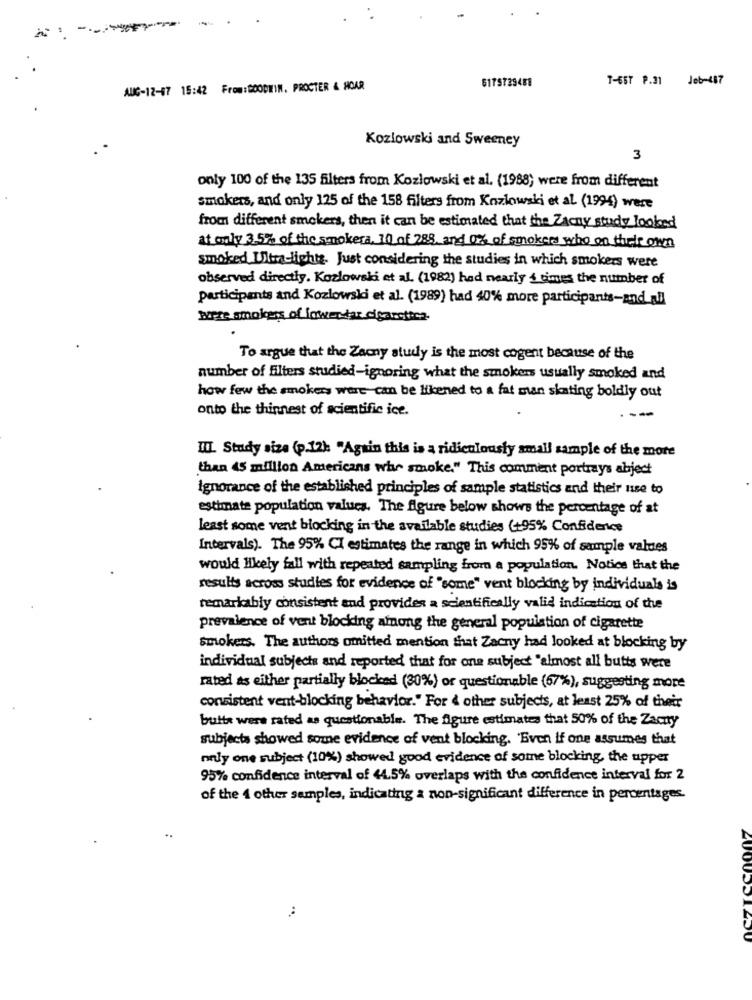
-----
6175729488
T-657 P.31 Jeb-487
AUC-12-17 15:42 From:BOODIIM. PROCTER & HOAR
Kozlowski and Sweeney
3
only 100 of the 135 filters from Kozlowski et al. (1988) were from different
smokers, and only 125 of the 158 filters from Kozlowski et al (1994) were
from different smokers, then it can be estimated that the Zacny study looked
at only 3.5% of the smokera. 10 of 288, and 0% of smokers who on their own
smoked Ultra-lights. Just considering the studies in which smokers were
observed directly. Kozlowski et al. (1982) had nearly 4 times the number of
participants and Kozlowski et al. (1989) had 40% more participants-and all
Muere smokers of lowertar cicarctica.
To argue that the Zacny study is the most cogent because of the
number of filters studied-ignoring what the smokers usually smoked and
how few the smokers ware can be likened to a fat man skating boldly out
onto the thinnest of scientific ice.
II. Study size (p.12k "Again this is a ridiculously small sample of the more
than 45 million Americans who smoke." This comment portrays abject
Ignorance of the established principles of sample statistics and their use to
estimate population values. The figure below shows the percentage of at
least some vent blocking in the available studies (+95% Confidence
Intervals). The 95% CI estimates the range in which 95% of sample values
would likely fall with repeated sampling from a population. Notice that the
results across studies for evidence of "some" vent blocking by individuals is
remarkably consistent and provides a scientifically valid indication of the
prevalence of vent blocking among the general population of cigarette
smokers. The authors omitted mention that Zacny had looked at blocking by
individual subjects and reported that for one subject "almost all butts were
rated as either partially blocked (30%) or questionable (67%), suggesting more
consistent vent-blocking behavior." For & other subjects, at least 25% of their
butte were rated as questionable. The figure estimates that 50% of the Zacny
subjects showed some evidence of vent blocking. 'Even if one assumes that
only one subject (10%) showed good evidence of some blocking, the upper
95% confidence interval of 44.5% overlaps with the confidence interval for 2
of the 4 other samples, indicating a non-significant difference in percentages.